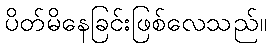
ပိတ်မိနေခြင်းဖြစ်လေသည်။